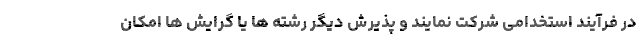
در فرآیند استخدامی شرکت نمایند و پذیرش دیگر رشته ها یا گرایش ها امکان